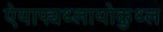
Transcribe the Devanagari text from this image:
ऐयाफ्यथ्लायोकुथ्ल